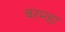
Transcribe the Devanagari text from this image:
बरमहा